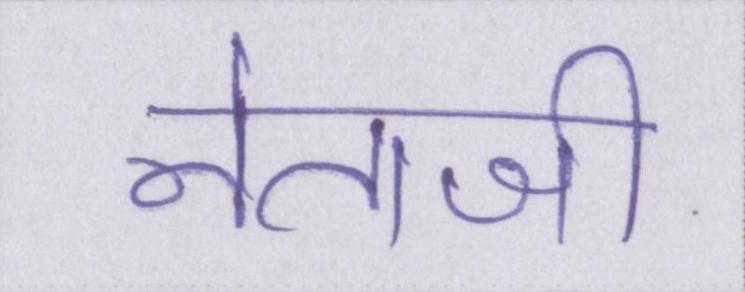
नेताजी